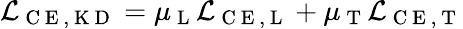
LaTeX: \mathcal{L}_{\mathrm{~C~E~,~K~D~}}=\mu_{\mathrm{~L~}}\mathcal{L}_{\mathrm{~C~E~,~L~}}+\mu_{\mathrm{~T~}}\mathcal{L}_{\mathrm{~C~E~,~T~}}